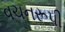
વચનરૂપી